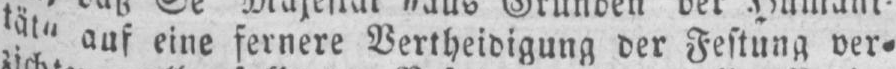
tät‟ auf eine fernere Vertheidigung der Festung ver⸗